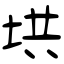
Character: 垬